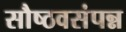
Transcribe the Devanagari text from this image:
सौष्ठवसंपन्न